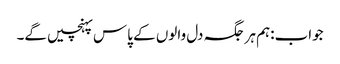
جواب:ہم ہر جگہ دل والوں کے پاس پہنچیں گے۔